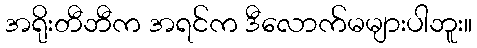
အရိုးတီဘီက အရင်က ဒီလောက်မများပါဘူး။